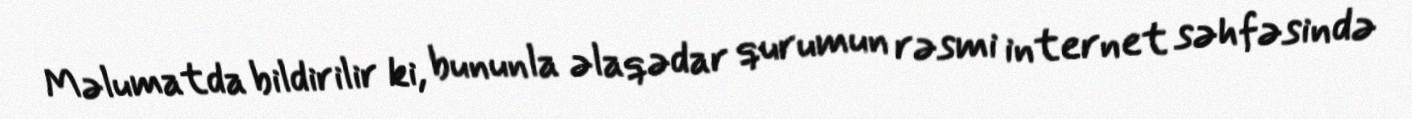
Məlumatda bildirilir ki, bununla əlaqədar qurumun rəsmi internet səhfəsində